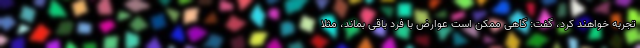
تجربه خواهند کرد، گفت: گاهی ممکن است عوارض با فرد باقی بماند، مثلا